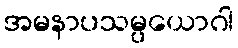
အမနာပသမ္ပယောဂါ